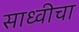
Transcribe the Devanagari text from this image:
साध्वीचा